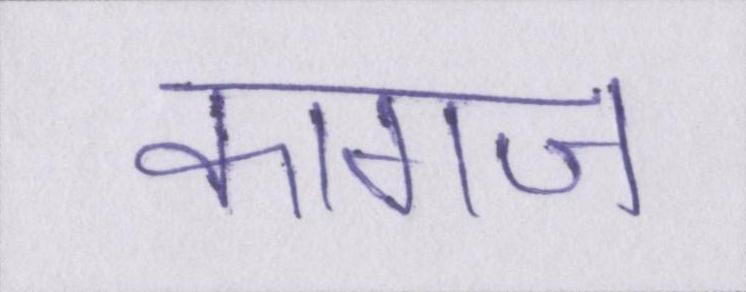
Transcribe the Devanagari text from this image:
कागज